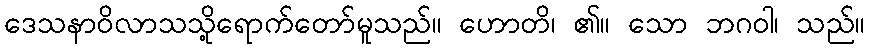
ဒေသနာဝိလာသသို့ရောက်တော်မူသည်။ ဟောတိ၊ ၏။ သော ဘဂဝါ၊ သည်။